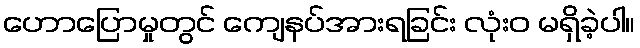
ဟောပြောမှုတွင် ကျေနပ်အားရခြင်း လုံးဝ မရှိခဲ့ပါ။